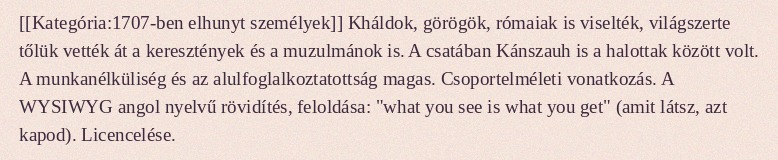
[[Kategória:1707-ben elhunyt személyek]] Kháldok, görögök, rómaiak is viselték, világszerte tőlük vették át a keresztények és a muzulmánok is. A csatában Kánszauh is a halottak között volt. A munkanélküliség és az alulfoglalkoztatottság magas. Csoportelméleti vonatkozás. A WYSIWYG angol nyelvű rövidítés, feloldása: "what you see is what you get" (amit látsz, azt kapod). Licencelése.